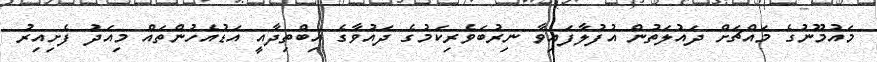
މައުމޫނުގެ މައްޗަށް ދައުލަތުން އުފުލާފައިވާ ނިރުބަވެރިކަމުގެ ދައުވާގެ އިބްތިދާއީ އަޑުއެހުންތައް މިއަދު ފެށިއިރު